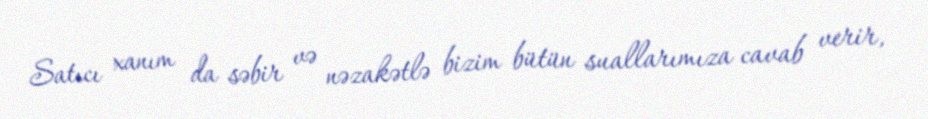
Satıcı xanım da səbir və nəzakətlə bizim bütün suallarımıza cavab verir,